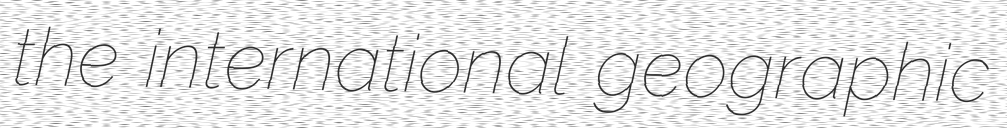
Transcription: the international geographic